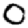
Digit: 0